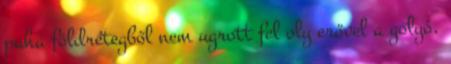
puha földrétegből nem ugrott fel oly erővel a golyó,